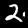
Digit: 2